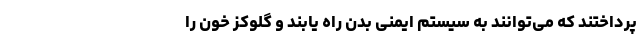
پرداختند که می‌توانند به سیستم ایمنی بدن راه یابند و گلوکز خون را